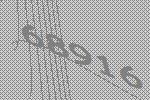
68916